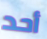
أحد